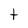
Character: h